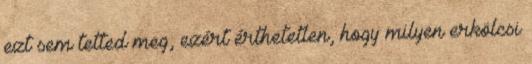
ezt sem tetted meg, ezért érthetetlen, hogy milyen erkölcsi